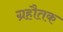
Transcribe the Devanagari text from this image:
ग्रहौतक